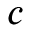
c